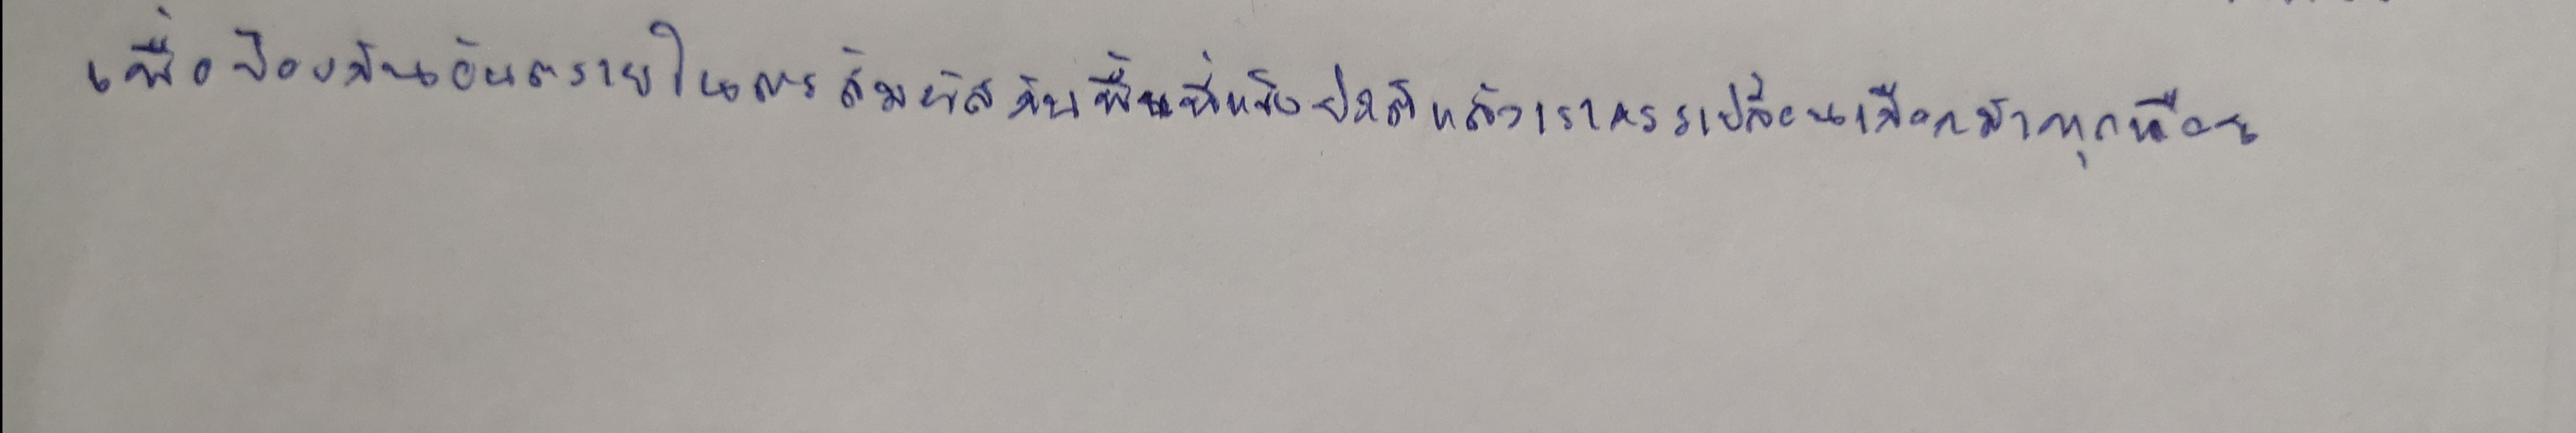
เพื่อป้องกันอันตรายในการสัมผัสกับพื้นที่แข็งปกติแล้วเราควรเปลี่ยนเกือกม้าทุกเดือน